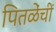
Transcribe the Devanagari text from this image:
पितळेंचीं